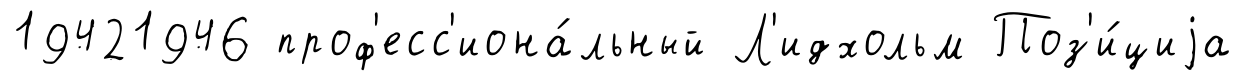
19421946 проф'есс'иона́льный Л'идхольм Поз'и́циjа